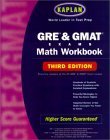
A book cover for Kaplan GRE & GMAT Exams Math Workbook, Third Edition (Kaplan GMAT Math Workbook); Kaplan; Test Preparation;